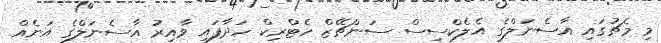
މި މެޗުގައި އާސެނަލްގެ އެލެކްސިސް ސަންޗޭޒް ހެޓްރިކް ހަދާފައި ވާއިރު އާސެނަލްގެ އަނެއް